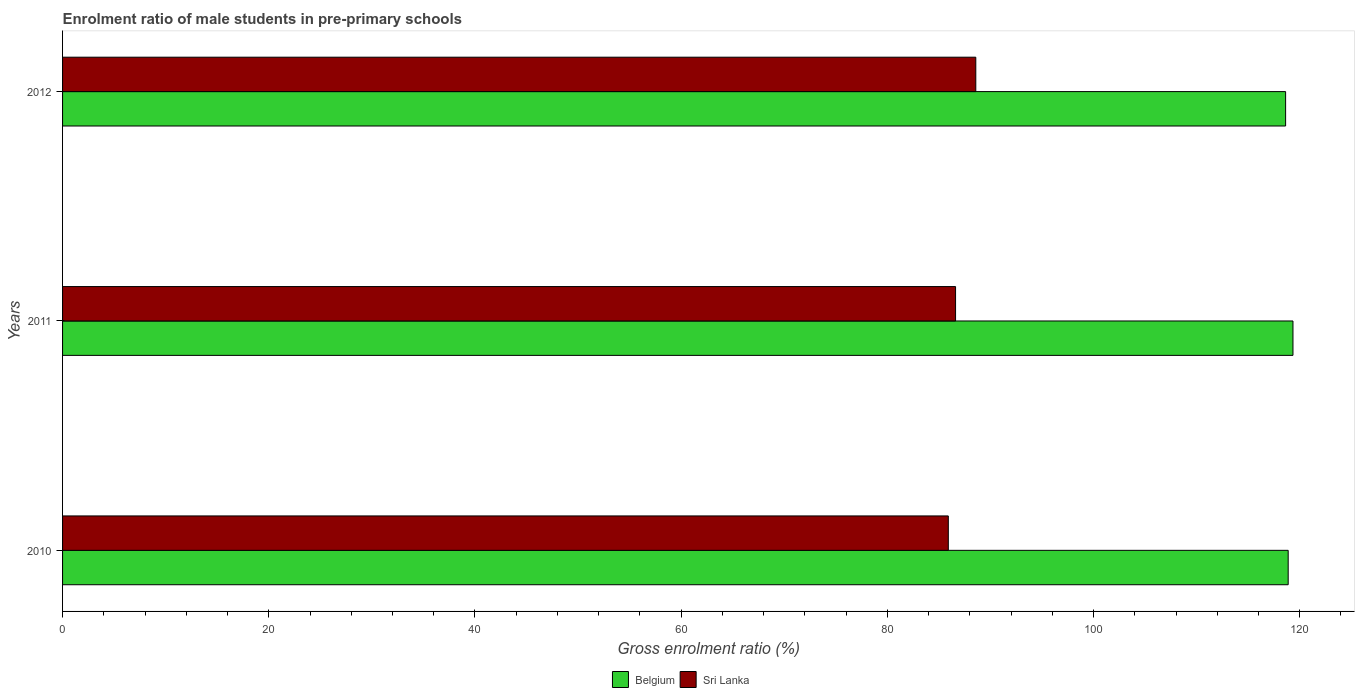
| Years | Belgium | Sri Lanka |
 | --- | --- | --- |
 | 2010 | 119 | 85.9 |
 | 2011 | 119 | 86.6 |
 | 2012 | 119 | 88.6 |